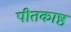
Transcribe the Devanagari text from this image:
पीतकाष्ठ